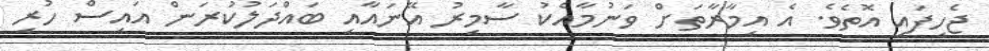
ޖެހިފައި އޮތެވެ. އެ އިމާރާތަށް ވަނުމާއެކު ސާމިރު އޭނައާއި ބައްދަލުކުރަން އައިސް ހުރި